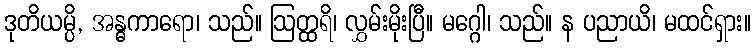
ဒုတိယမ္ပိ, အန္ဓကာရော၊ သည်။ ဩတ္ထရိ၊ လွှမ်းမိုးပြီ။ မဂ္ဂေါ၊ သည်။ န ပညာယိ၊ မထင်ရှား။